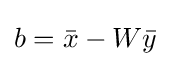
b={\bar {x}}-W{\bar {y}}